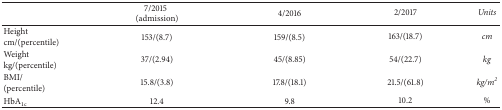
<table><thead><tr><td><b> </b></td><td><b>7/2015(admission)</b></td><td><b>4/2016</b></td><td><b>2/2017</b></td><td><b><i>Units</i></b></td></tr></thead><tbody><tr><td>Height cm/(percentile)</td><td>153/(8.7)</td><td>159/(8.5)</td><td>163/(18.7)</td><td><i>cm</i></td></tr><tr><td>Weight kg/(percentile)</td><td>37/(2.94)</td><td>45/(8.85)</td><td>54/(22.7)</td><td><i>kg</i></td></tr><tr><td> BMI/(percentile)</td><td>15.8/(3.8)</td><td>17.8/(18.1)</td><td>21.5/(61.8)</td><td><i>kg/m</i><sup><i>2</i></sup></td></tr><tr><td>HbA<sub>1c</sub></td><td>12.4</td><td>9.8</td><td>10.2</td><td><i>%</i></td></tr></tbody></table>